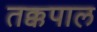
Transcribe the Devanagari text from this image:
तक्कपाल